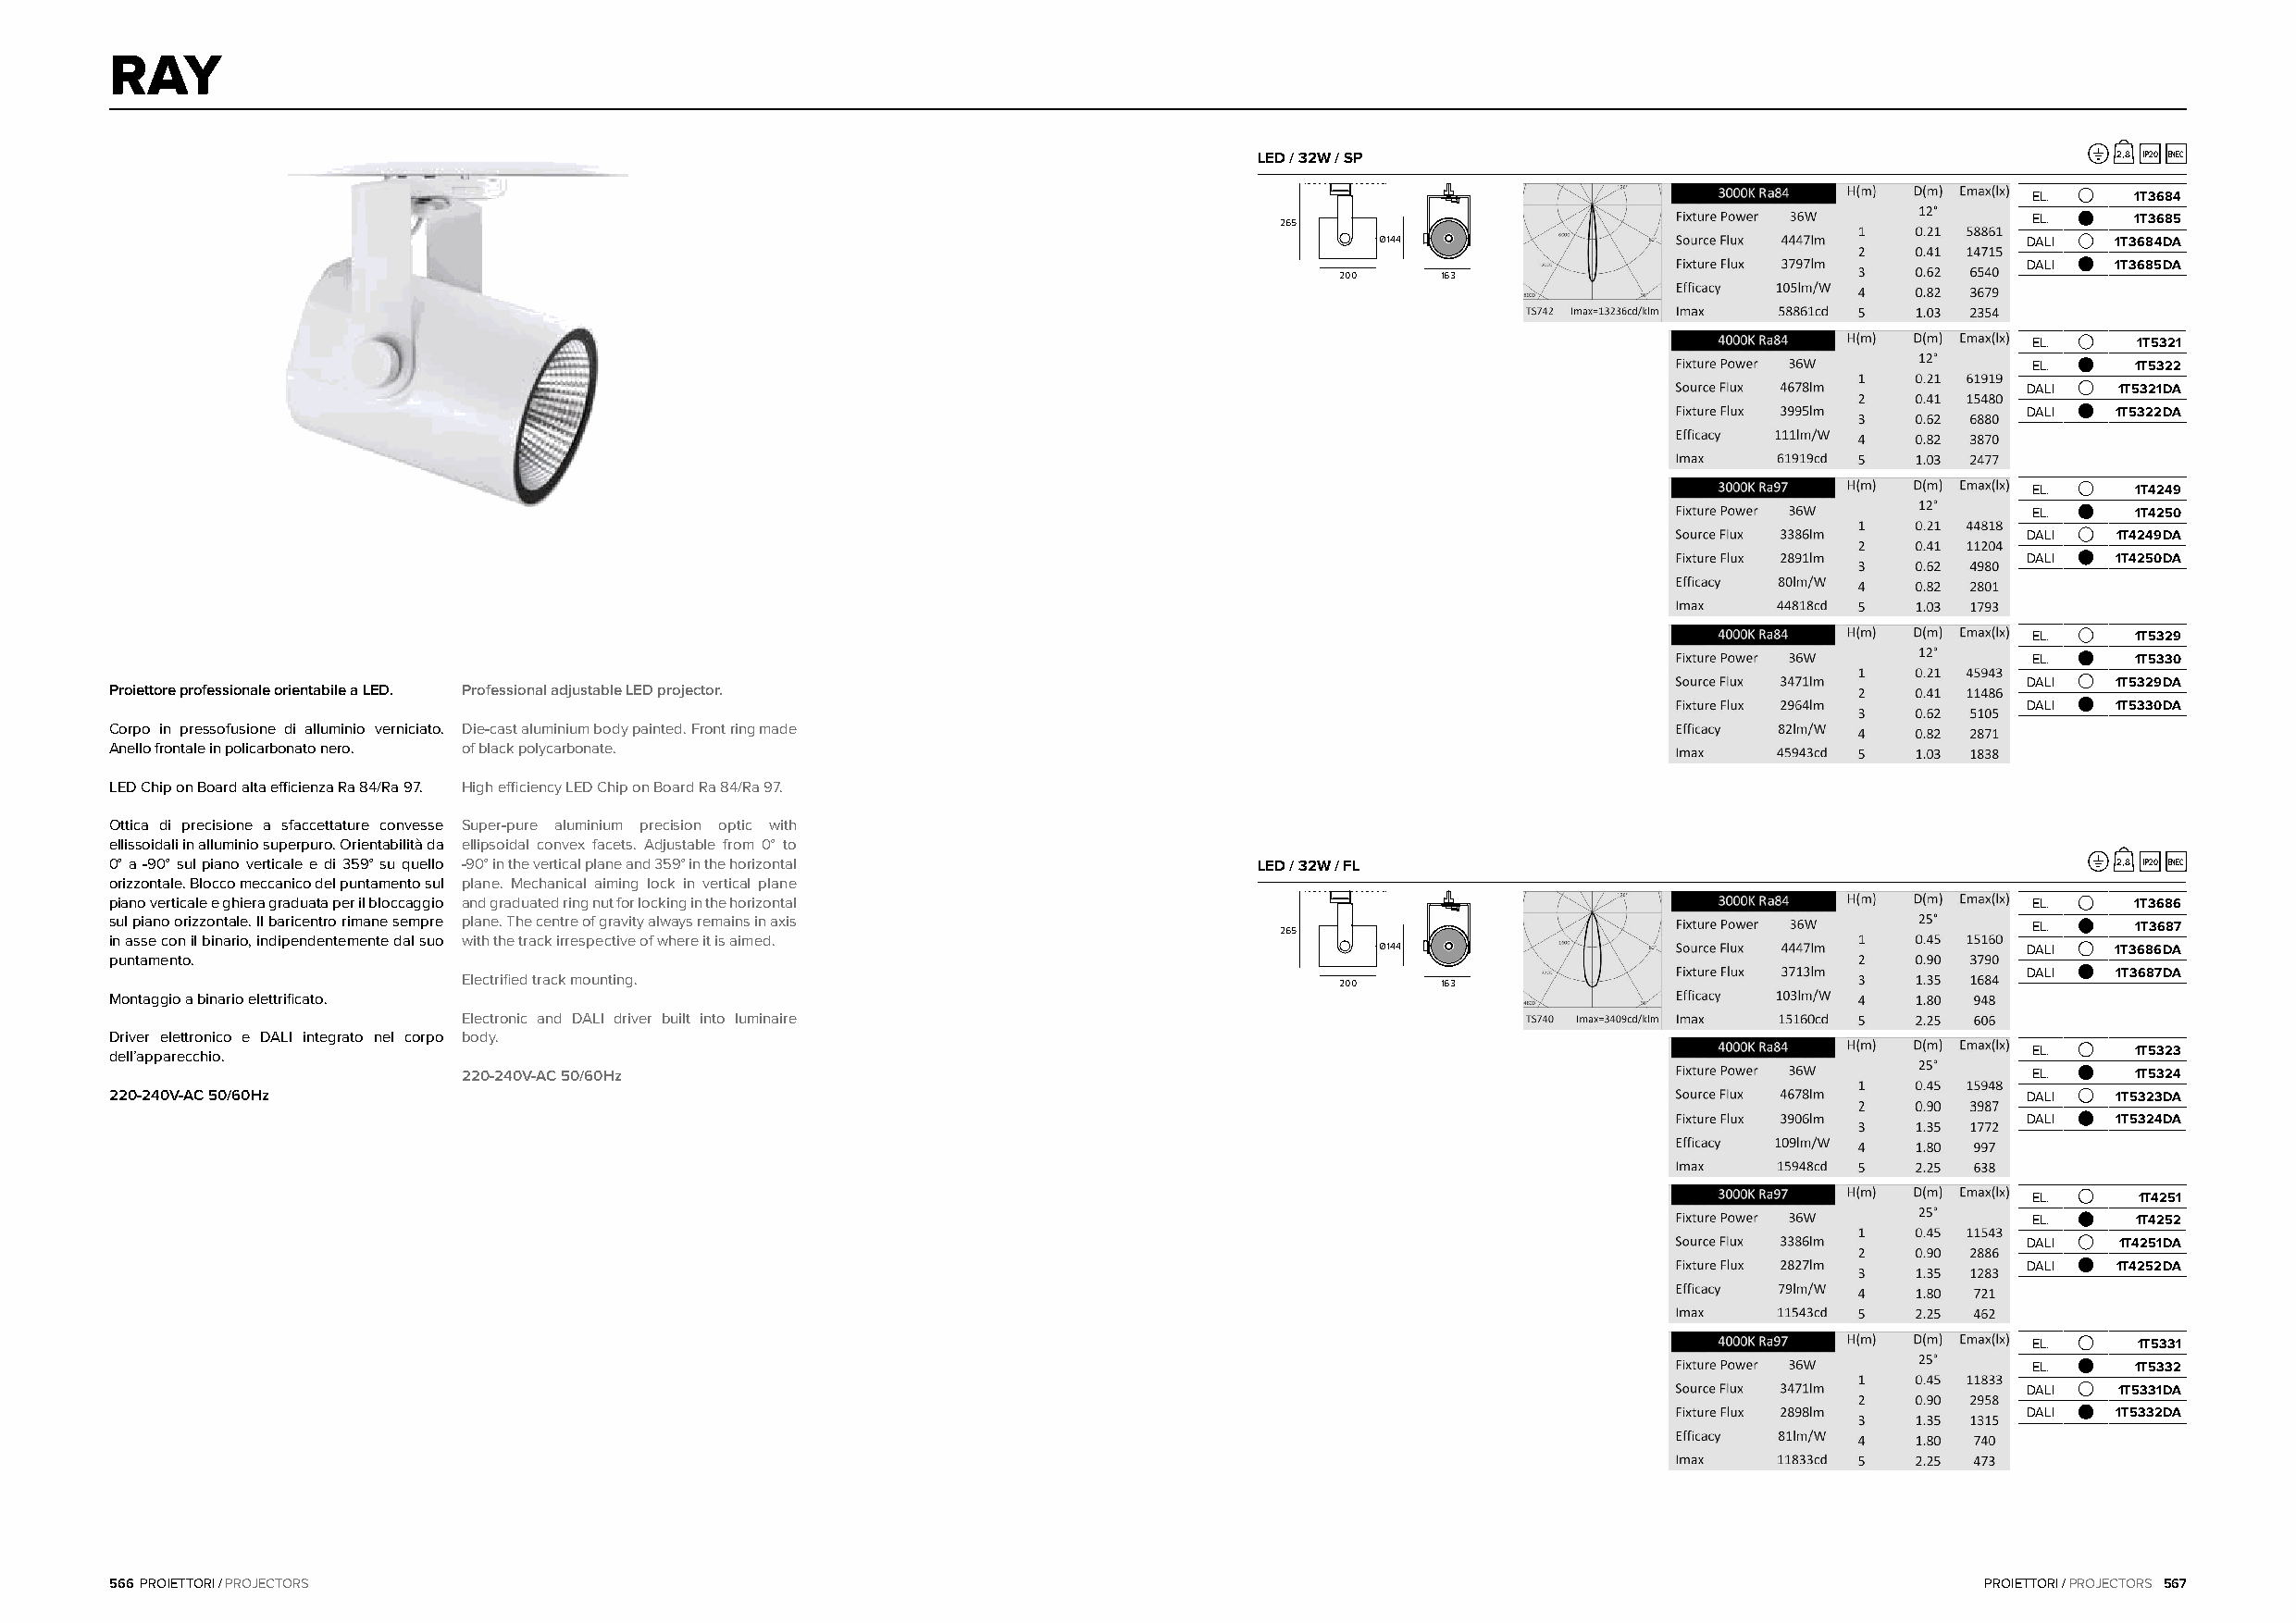
RAY
 LED / 32W / SP                                               2,8 IP20 ENEC
 EL.     1T3684
 226655                                               EL.     1T3685
 Ø144                                          DALI  1T3684DA
 DALI  1T3685DA
 200    163
 EL.     1T5321
 EL.     1T5322
 DALI  1T5321DA
 DALI  1T5322DA
 EL.     1T4249
 EL.     1T4250
 DALI  1T4249DA
 DALI  1T4250DA
 EL.     1T5329
 EL.     1T5330
 DALI  1T5329DA
 Proiettore professionale orientabile a LED. Professional adjustable LED projector.
 DALI  1T5330DA
 Corpo in pressofusione di alluminio verniciato. Die-cast aluminium body painted. Front ring made
 Anello frontale in policarbonato nero. of black polycarbonate.
 LED Chip on Board alta efficienza Ra 84/Ra 97. High efficiency LED Chip on Board Ra 84/Ra 97.
 Ottica di precisione a sfaccettature convesse Super-pure aluminium precision optic with
 ellissoidali in alluminio superpuro. Orientabilità da ellipsoidal convex facets. Adjustable from 0° to
 0° a -90° sul piano verticale e di 359° su quello -90° in the vertical plane and 359° in the horizontal LED / 32W / FL                         2,8 IP20 ENEC
 orizzontale. Blocco meccanico del puntamento sul plane. Mechanical aiming lock in vertical plane
 piano verticale e ghiera graduata per il bloccaggio and graduated ring nut for locking in the horizontal                                 EL.     1T3686
 sul piano orizzontale. Il baricentro rimane sempre plane. The centre of gravity always remains in axis
 226655                                               EL.     1T3687
 in asse con il binario, indipendentemente dal suo with the track irrespective of where it is aimed.
 Ø144                                          DALI  1T3686DA
 puntamento.
 DALI  1T3687DA
 Electrified track mounting.
 200    163
 Montaggio a binario elettrificato.
 Electronic and DALI driver built into luminaire
 Driver elettronico e DALI integrato nel corpo body.
 dell’apparecchio.                                                                                                                        EL.     1T5323
 220-240V-AC 50/60Hz                                                                                             EL.     1T5324
 220-240V-AC 50/60Hz                                                                                                                      DALI  1T5323DA
 DALI  1T5324DA
 EL.     1T4251
 EL.     1T4252
 DALI   1T4251DA
 DALI  1T4252DA
 EL.     1T5331
 EL.     1T5332
 DALI  1T5331DA
 DALI  1T5332DA
 566 PROIETTORI / PROJECTORS                                                                                                           PROIETTORI / PROJECTORS 567